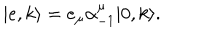
| e , k \rangle = e _ { \mu } \alpha _ { - 1 } ^ { \mu } | 0 , k \rangle .